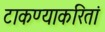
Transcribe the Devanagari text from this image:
टाकण्याकरितां